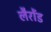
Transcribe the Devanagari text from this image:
लैरोंड